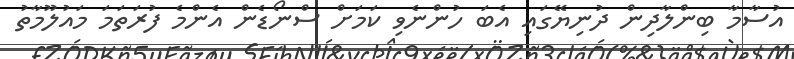
އުސާމާ ބިންލާދިން ދުނިޔޭގައި އެބަ ހުންނެވި ކަމަށް ސްނޯޑެން އެންމެ ފުރަތަމަ މައުލޫމާތު